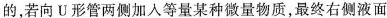
的，若向U形管两侧加入等量某种微量物质，最终右侧液面